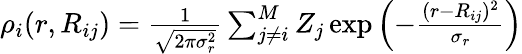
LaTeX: \begin{array}{r}{\rho_{i}(r,R_{ij})=\frac{1}{\sqrt{2\pi\sigma_{r}^{2}}}\sum_{j\neq i}^{M}Z_{j}\exp{\left(-{\frac{(r-R_{ij})^{2}}{\sigma_{r}}}\right)}}\end{array}